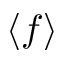
\langle f \rangle